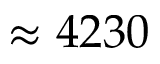
\approx 4 2 3 0